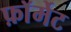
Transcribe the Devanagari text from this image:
फ़ाॅर्मेट